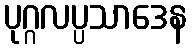
ပုဂ္ဂလပ္ပသာဒေန